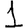
Digit: 1